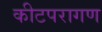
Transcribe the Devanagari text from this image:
कीटपरागण